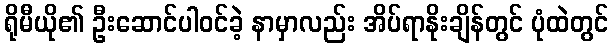
ရိုမီယို၏ ဦးဆောင်ပါဝင်ခဲ့ နာမှာလည်း အိပ်ရာနိုးချိန်တွင် ပုံထဲတွင်